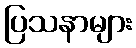
ပြသနာများ